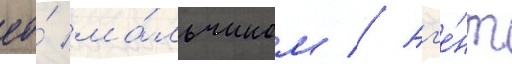
ео́ ма́льчиком // Аг'е́нт